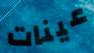
عينات